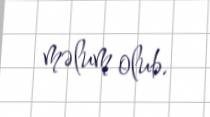
məlum olub.